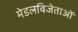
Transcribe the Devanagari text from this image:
मेडलविजेताओं